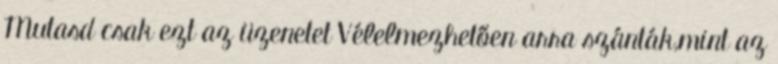
Mutasd csak ezt az üzenetet Vélelmezhetően arra szánták,mint az